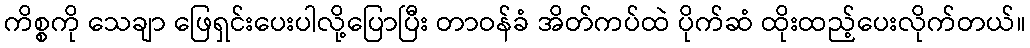
ကိစ္စကို သေချာ ဖြေရှင်းပေးပါလို့ပြောပြီး တာဝန်ခံ အိတ်ကပ်ထဲ ပိုက်ဆံ ထိုးထည့်ပေးလိုက်တယ်။